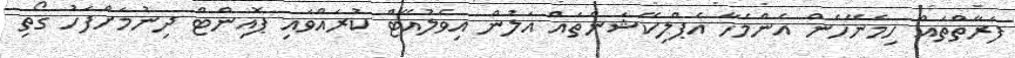
ފަރާތްތައް ހިމެނޭހެން އެންމެހާ އެޕްލިކޭޝަންތައް އަލުން އިވެލުއޭޓް ކުރައްވައި ޕޮއިންޓް ދިނުމަށްފަހު ގޯތި